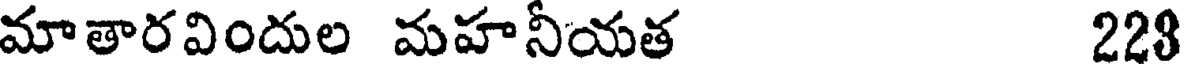
మాతారవిందుల మహనీయత 228